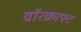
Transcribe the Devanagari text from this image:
वॉरक्राफ्ट